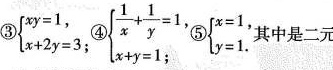
③$$\left\{\begin{matrix}